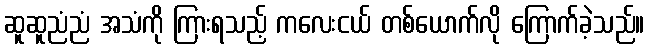
ဆူဆူညံညံ အသံကို ကြားရသည့် ကလေးငယ် တစ်ယောက်လို ကြောက်ခဲ့သည်။